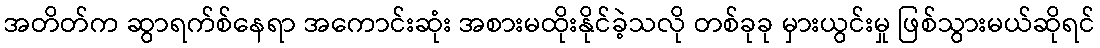
အတိတ်က ဆွာရက်စ်နေရာ အကောင်းဆုံး အစားမထိုးနိုင်ခဲ့သလို တစ်ခုခု မှားယွင်းမှု ဖြစ်သွားမယ်ဆိုရင်